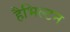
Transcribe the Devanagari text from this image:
हैभिल्टन